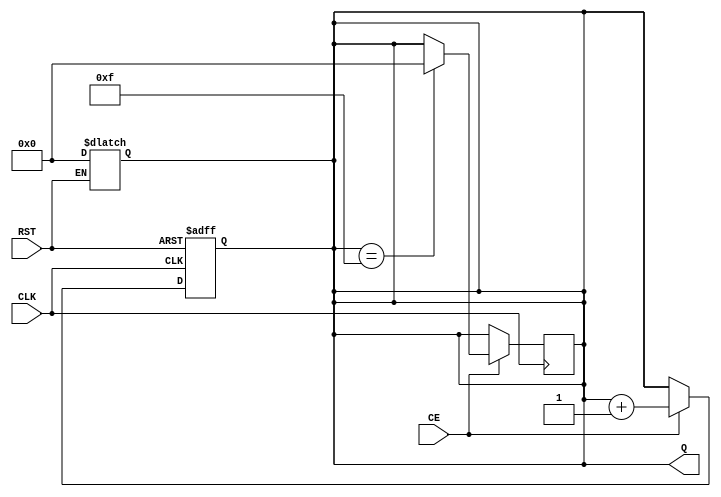
module dynamic_asynchronous_counter (
    input wire CE,      // Count Enable
    input wire RST,     // Reset
    input wire CLK,     // Clock
    output reg [N-1:0] Q // Count Output, N is the bit-width of the counter
);
    parameter N = 4; // Number of bits for the counter

    // Initial block to set the counter to zero on reset
    always @(posedge CLK or posedge RST) begin
        if (RST) begin
            Q <= 0; // Reset the counter to zero
        end else if (CE) begin
            Q <= Q + 1; // Increment the counter on clock edge if CE is asserted
        end
    end

    // Asynchronous Reset Logic
    always @* begin
        if (RST) begin
            Q = 0; // Asynchronously reset the counter to zero
        end
    end

    // Ensure the counter rolls over
    always @(posedge CLK) begin
        if (CE) begin
            if (Q == (2**N - 1)) begin
                Q <= 0; // Roll over to zero
            end
        end
    end
    
endmodule